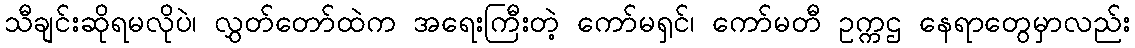
သီချင်းဆိုရမလိုပဲ၊ လွှတ်တော်ထဲက အရေးကြီးတဲ့ ကော်မရှင်၊ ကော်မတီ ဥက္ကဌ နေရာတွေမှာလည်း